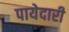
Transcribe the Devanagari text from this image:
पायेदारी